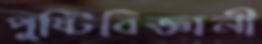
পুষ্টিবিজ্ঞানী